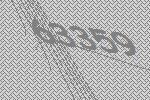
63359